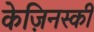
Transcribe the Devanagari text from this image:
केज़िनस्की